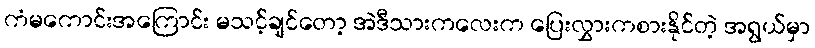
ကံမကောင်းအကြောင်း မသင့်ချင်တော့ အဲဒီသားကလေးက ပြေးလွှားကစားနိုင်တဲ့ အရွယ်မှာ